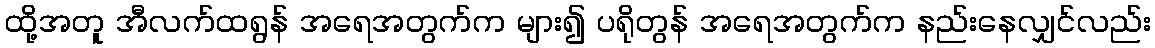
ထို့အတူ အီလက်ထရွန် အရေအတွက်က များ၍ ပရိုတွန် အရေအတွက်က နည်းနေလျှင်လည်း